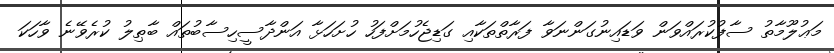
މަޢުލޫމާތު ސާފުކުރައްވަން ވަޑައިނުގަންނަވާ ފަރާތްތަކާއި ގަޑިޖެހުމަށްފަހު ހުށަހަޅާ އަންދާސީހިސާބުތައް ބާޠިލު ކުރެވޭނެ ވާހަކަ